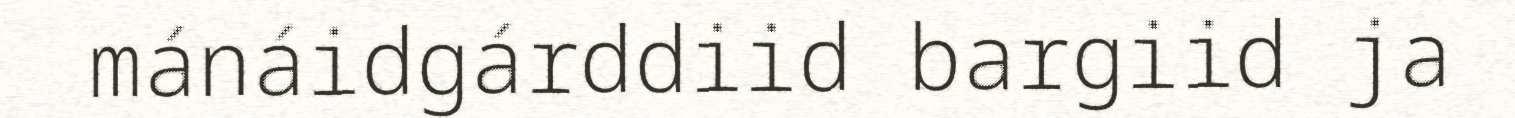
mánáidgárddiid bargiid ja